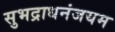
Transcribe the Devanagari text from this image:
सुभद्राधनंजयम